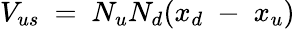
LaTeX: V_{us}~=~N_{u}N_{d}(x_{d}\; -\; x_{u})